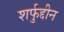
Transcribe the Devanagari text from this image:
शर्फुद्दीन